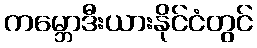
ကမ္ဘောဒီးယားနိုင်ငံတွင်